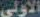
الأولى